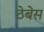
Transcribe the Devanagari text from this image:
ठेबेस